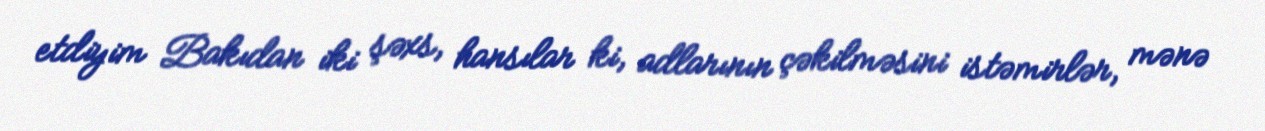
etdiyim Bakıdan iki şəxs, hansılar ki, adlarının çəkilməsini istəmirlər, mənə